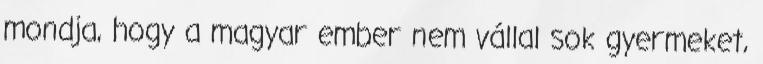
mondja, hogy a magyar ember nem vállal sok gyermeket,